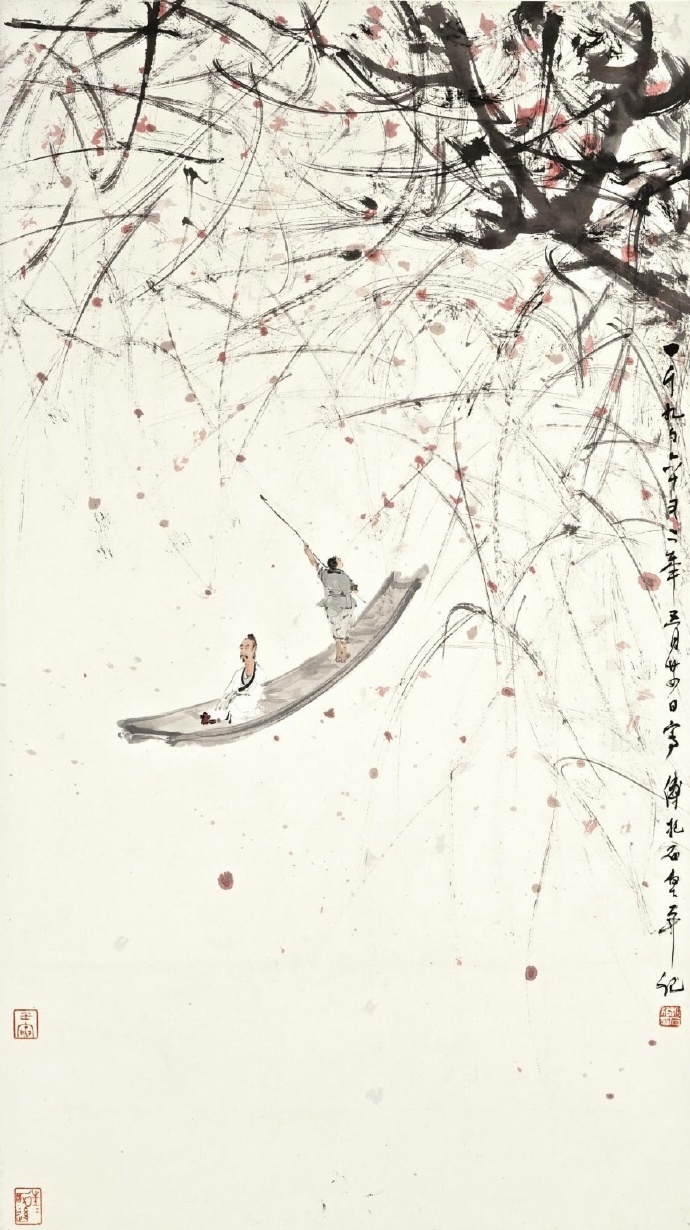
渡头杨柳青青。枝枝叶叶离情。